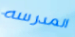
المدرسه